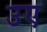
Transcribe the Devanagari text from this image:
उए